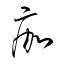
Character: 痂